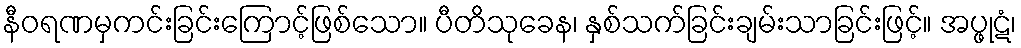
နီဝရဏမှကင်းခြင်းကြောင့်ဖြစ်သော။ ပီတိသုခေန၊ နှစ်သက်ခြင်းချမ်းသာခြင်းဖြင့်။ အပ္ဖုဋံ၊